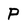
Character: P